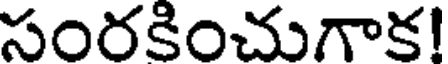
సంరకించుగాక!